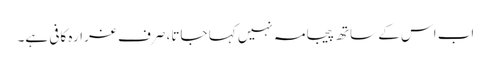
اب اس کے ساتھ پیجامہ نہیں کہا جاتا، صرف غرارہ کافی ہے۔